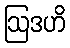
ဩဒဟိ